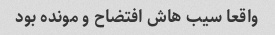
واقعا سیب هاش افتضاح و مونده بود